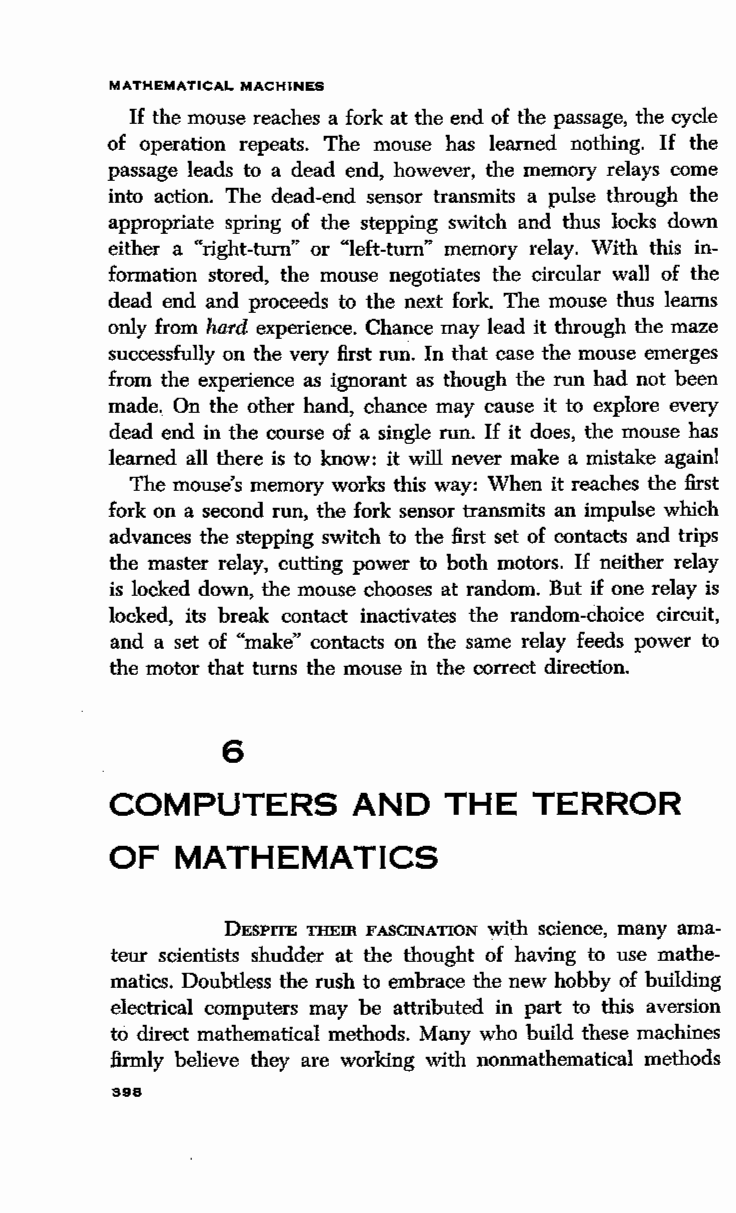
MATHEMATICAL MACHINES
 If the mouse reaches a fork at the end of the passage, the cycle
 of operation repeats. The mouse has learned nothing. If the
 passage leads to a dead end, however, the memory relays come
 into action. The dead-end sensor transmits a pulse through the
 appropriate spring of the stepping switch and thus locks down
 either a "right-turn" or "left-turn" memory relay. With this in
 formation stored, the mouse negotiates the circular wall of the
 dead end and proceeds to the next fork. The mouse thus learns
 only from hard experience. Chance may lead it through the maze
 successfully on the very first rm:i. In that case the mouse emerges
 from the experience as ignorant as though the run had not been
 made. On the other hand, chance may cause it to explore every
 dead end in the course of a single run. If it does, the mouse has
 learned all there is to know: it will never make a mistake again!
 The mouse's memory works this way: When it reaches the first
 fork on a second run, the fork sensor transmits an impulse which
 advances the stepping switch to the first set of contacts and trips
 the master relay, cutting power to both motors. If neither relay
 is locked down, the mouse chooses at random. But if one relay is
 locked, its break contact inactivates the random-choice circuit,
 and a set of "make" contacts on the same relay feeds power to
 the motor that turns the mouse in the correct direction.
 6
 COMPUTERS       AND   THE   TERROR
 OF  MATHEMATICS
 DESPITE THEm FASCINATION with science, many ama
 teur scientists shudder at the thought of having to use mathe
 matics. Doubtless the rush to embrace the new hobby of building
 electrical computers may be attributed in part to this aversion
 to direct mathematical methods. Many who build these machines
 firmly believe they are working with nonmathematical methods
 398